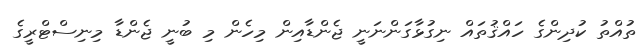
ތުއްތު ކުދިންގެ ހައްޤުތައް ނިގުޅާގަންނަނީ ޖެންޑާއިން މިހެން މި ބުނީ ޖެންޑާ މިނިސްޓްރީގެ